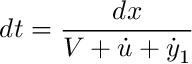
d t = \frac { d x } { V + \dot { u } + \dot { y } _ { 1 } }